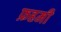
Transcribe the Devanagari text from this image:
फ़हमी